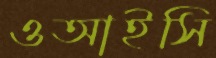
ওআইসি